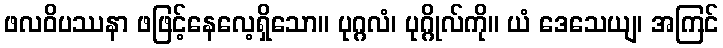
ဖလဝိပဿနာ ဖဖြင့်နေလေ့ရှိသော။ ပုဂ္ဂလံ၊ ပုဂ္ဂိုလ်ကို။ ယံ ဒေသေယျ၊ အကြင်